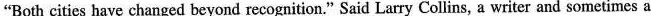
"Both cities have changed beyond recognition." Said Larry Collins, a writer and sometimes a